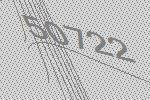
50722